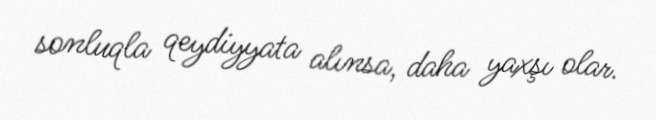
sonluqla qeydiyyata alınsa, daha yaxşı olar.